Report of the veterinary officer investigating camel disease
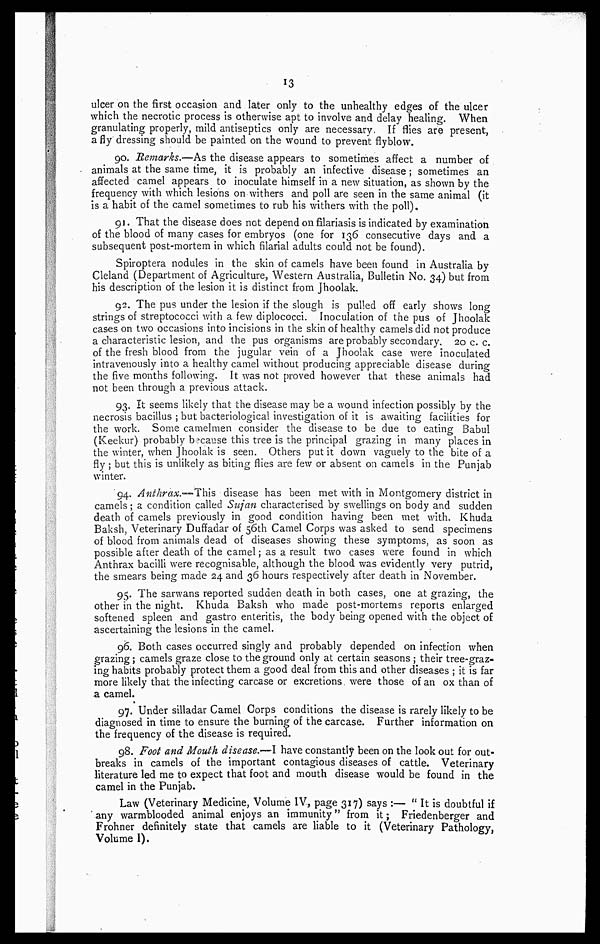
13
ulcer on the first occasion and later only to the unhealthy edges of the ulcer
which the necrotic process is otherwise apt to involve and delay healing. When
granulating properly, mild antiseptics only are necessary. If flies are present,
a fly dressing should be painted on the wound to prevent flyblow.
90. Remarks.—As the disease appears to sometimes affect a number of
animals at the same time, it is probably an infective disease; sometimes an
affected camel appears to inoculate himself in a new situation, as shown by the
frequency with which lesions on withers and poll are seen in the same animal (it
is a habit of the camel sometimes to rub his withers with the poll).
91. That the disease does not depend on filariasis is indicated by examination
of the blood of many cases for embryos (one for 136 consecutive days and a
subsequent post-mortem in which filarial adults could not be found).
Spiroptera nodules in the skin of camels have been found in Australia by
Cleland (Department of Agriculture, Western Australia, Bulletin No. 34) but from
his description of the lesion it is distinct from Jhoolak.
92. The pus under the lesion if the slough is pulled off early shows long
strings of streptococci with a few diplococci. Inoculation of the pus of Jhoolak
cases on two occasions into incisions in the skin of healthy camels did not produce
a characteristic lesion, and the pus organisms are probably secondary. 20 c. c.
of the fresh blood from the jugular vein of a Jhoolak case were inoculated
intravenously into a healthy camel without producing appreciable disease during
the five months following. It was not proved however that these animals had
not been through a previous attack.
93. It seems likely that the disease may be a wound infection possibly by the
necrosis bacillus ; but bacteriological investigation of it is awaiting facilities for
the work. Some camelmen consider the disease to be due to eating Babul
(Keekur) probably because this tree is the principal grazing in many places in
the winter, when Jhoolak is seen. Others put it down vaguely to the bite of a
fly ; but this is unlikely as biting flies are few or absent on camels in the Punjab
winter.
94. Anthrax.-This
disease has been met with in Montgomery district in
camels; a condition called Sujan characterised by swellings on body and sudden
death of camels previously in good condition having been met with. Khuda
Baksh, Veterinary Duffadar of 56th Camel Corps was asked to send specimens
of blood from animals dead of diseases showing these symptoms, as soon as
possible after death of the camel; as a result two cases were found in which
Anthrax bacilli were recognisable, although the blood was evidently very putrid,
the smears being made 24 and 36 hours respectively after death in November.
95. The sarwans reported sudden death in both cases, one at grazing, the
other in the night. Khuda Baksh who made post-mortems reports enlarged
softened spleen and gastro enteritis, the body being opened with the object of
ascertaining the lesions in. the camel.
96. Both cases occurred singly and probably depended on infection when
grazing; camels graze close to the ground only at certain seasons ; their tree-graz-
ing habits probably protect them a good deal from this and other diseases ; it is far
more likely that the infecting carcase or excretions. were those of an ox than of
a camel.
97. Under silladar Camel Corps conditions the disease is rarely likely to be
diagnosed in time to ensure the burning of the carcase. Further information on
the frequency of the disease is required.
98. Foot and Mouth disease.—I have constantly been on the look out for out-
breaks in camels of the important contagious diseases of cattle. Veterinary
literature led me to expect that foot and mouth disease would be found in the
camel in the Punjab.
Law (Veterinary Medicine, Volume IV, page 317) says :— " It is doubtful if
any warmblooded animal enjoys an immunity" from it; Friedenberger and
Frohner definitely state that camels are liable to it (Veterinary Pathology,
Volume I).